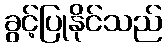
ခွင့်ပြုနိုင်သည်